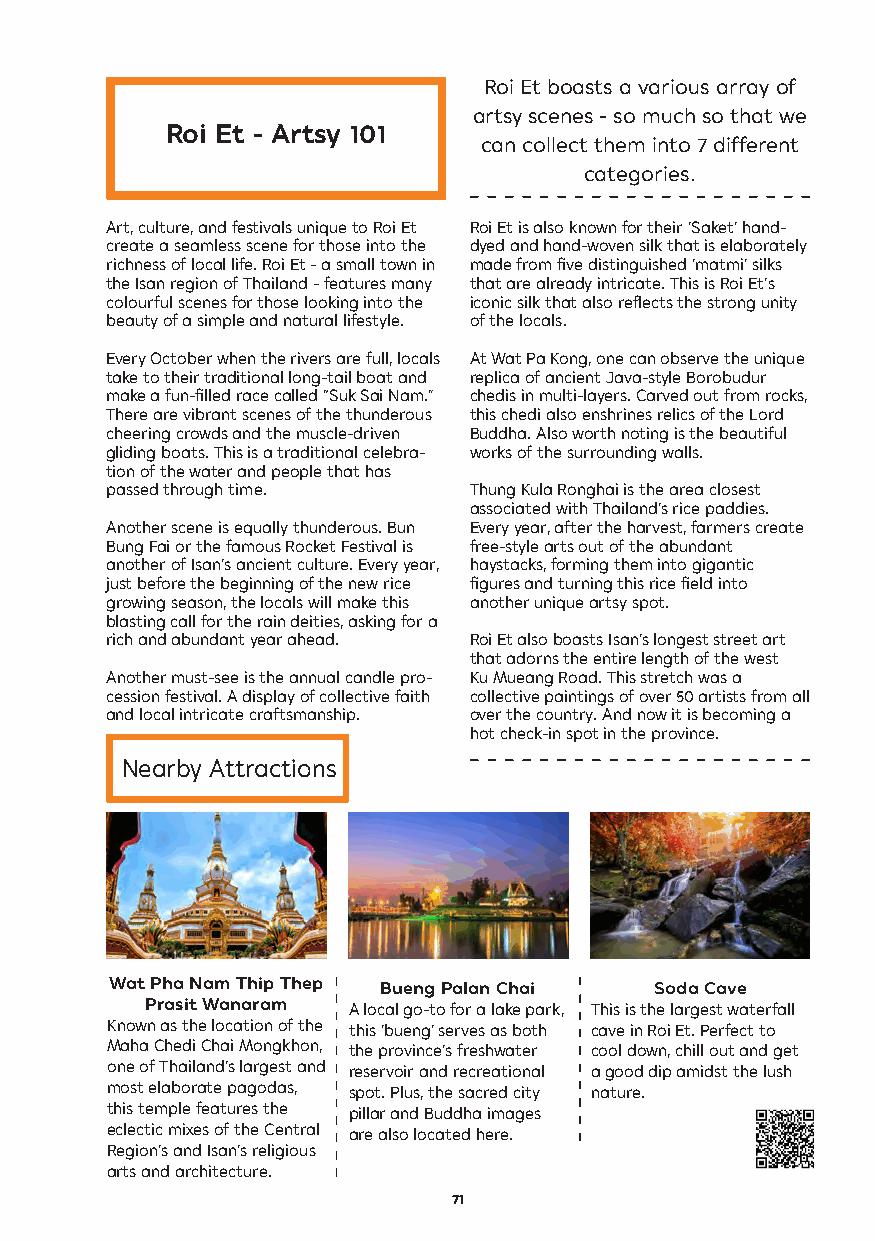
Roi Et boasts a various array of
 artsy scenes - so much so that we
 Roi Et - Artsy 101
 can collect them into 7 different
 categories.
 Art, culture, and festivals unique to Roi Et Roi Et is also known for their ‘Saket’ hand-
 create a seamless scene for those into the dyed and hand-woven silk that is elaborately
 richness of local life. Roi Et - a small town in made from five distinguished ‘matmi’ silks
 the Isan region of Thailand - features many that are already intricate. This is Roi Et’s
 colourful scenes for those looking into the iconic silk that also reflects the strong unity
 beauty of a simple and natural lifestyle. of the locals.
 Every October when the rivers are full, locals At Wat Pa Kong, one can observe the unique
 take to their traditional long-tail boat and replica of ancient Java-style Borobudur
 make a fun-filled race called “Suk Sai Nam.” chedis in multi-layers. Carved out from rocks,
 There are vibrant scenes of the thunderous this chedi also enshrines relics of the Lord
 cheering crowds and the muscle-driven Buddha. Also worth noting is the beautiful
 gliding boats. This is a traditional celebra- works of the surrounding walls.
 tion of the water and people that has
 passed through time.    Thung Kula Ronghai is the area closest
 associated with Thailand’s rice paddies.
 Another scene is equally thunderous. Bun Every year, after the harvest, farmers create
 Bung Fai or the famous Rocket Festival is free-style arts out of the abundant
 another of Isan’s ancient culture. Every year, haystacks, forming them into gigantic
 just before the beginning of the new rice figures and turning this rice field into
 growing season, the locals will make this another unique artsy spot.
 blasting call for the rain deities, asking for a
 rich and abundant year ahead. Roi Et also boasts Isan’s longest street art
 that adorns the entire length of the west
 Another must-see is the annual candle pro- Ku Mueang Road. This stretch was a
 cession festival. A display of collective faith collective paintings of over 50 artists from all
 and local intricate craftsmanship. over the country. And now it is becoming a
 hot check-in spot in the province.
 Nearby Attractions
 Wat Pha Nam Thip Thep Bueng Palan Chai Soda Cave
 Prasit Wanaram A local go-to for a lake park, This is the largest waterfall
 Known as the location of the this ‘bueng’ serves as both cave in Roi Et. Perfect to
 Maha Chedi Chai Mongkhon, the province’s freshwater cool down, chill out and get
 one of Thailand’s largest and reservoir and recreational a good dip amidst the lush
 most elaborate pagodas, spot. Plus, the sacred city nature.
 this temple features the pillar and Buddha images
 eclectic mixes of the Central are also located here.
 Region’s and Isan’s religious
 arts and architecture.
 71